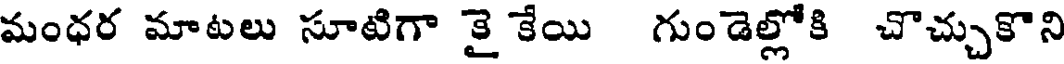
మంధర మాటలు సూటిగా కై కేయి గుండెల్లోకి చొచ్చుకొని